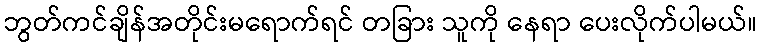
ဘွတ်ကင်ချိန်အတိုင်းမရောက်ရင် တခြား သူကို နေရာ ပေးလိုက်ပါမယ်။